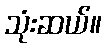
သုံးဆယ်။